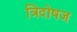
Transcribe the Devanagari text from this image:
त्रिदोषज